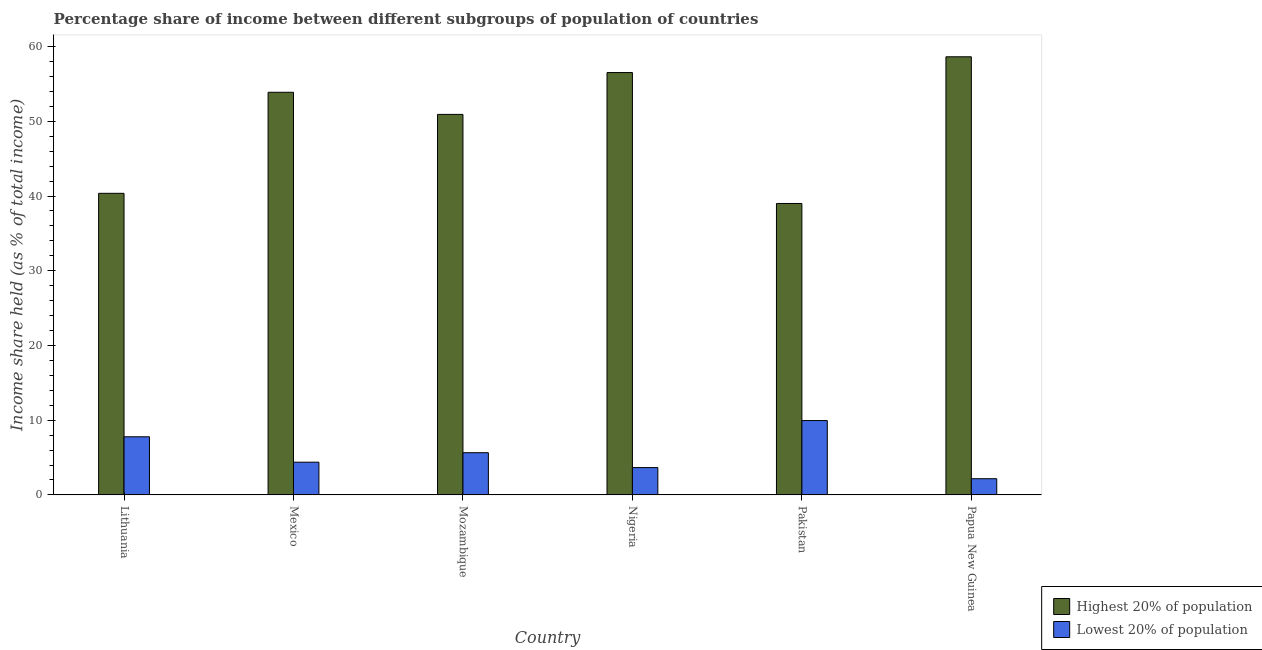
| Country | Highest 20% of population | Lowest 20% of population |
 | --- | --- | --- |
 | Lithuania | 40.4 | 7.78 |
 | Mexico | 53.9 | 4.38 |
 | Mozambique | 50.9 | 5.65 |
 | Nigeria | 56.5 | 3.66 |
 | Pakistan | 39 | 9.95 |
 | Papua New Guinea | 58.6 | 2.17 |